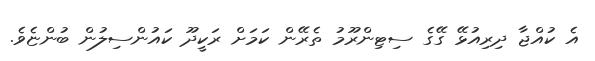
އެ ކުއްޖާ ދިރިއުޅޭ ގޭގެ ސިޓިންރޫމު ތެރޭން ކަމަށް ރަކީދޫ ކައުންސިލުން ބުންޏެވެ.